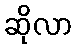
ဆိုလာ